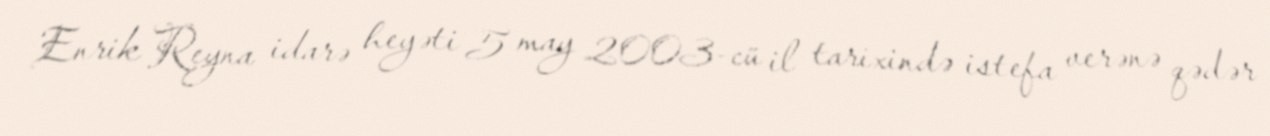
Enrik Reyna idarə heyəti 5 may 2003-cü il tarixində istefa verənə qədər